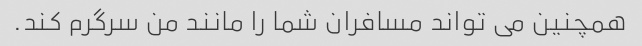
همچنین می تواند مسافران شما را مانند من سرگرم کند.